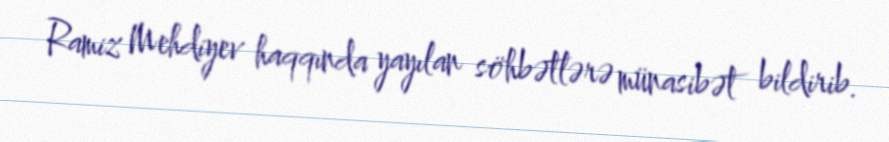
Ramiz Mehdiyev haqqında yayılan söhbətlərə münasibət bildirib.